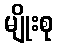
မျိုးစု